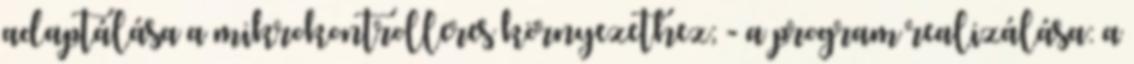
adaptálása a mikrokontrolleres környezethez; - a program realizálása: a